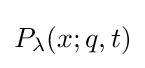
P_{\lambda }(x;q,t)